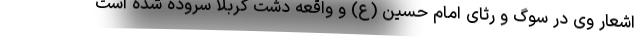
اشعار وی در سوگ و رثای امام حسین (ع) و واقعه دشت کربلا سروده شده است